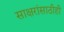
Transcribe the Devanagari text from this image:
साक्षरांसाठीही